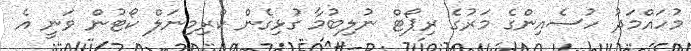
މުހައްމަދު ހުސެއިންގެ މަރުގެ ރިޕޯޓް ނުލިބުމާ ގުޅިގެން ކްރިމިނަލް ކޯޓުން ވަނީ އެ